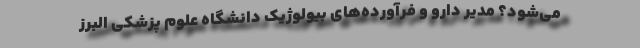
می‌شود؟ مدیر دارو و فرآورده‌های بیولوژیک دانشگاه علوم پزشکی البرز